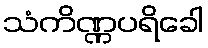
သံကိဏ္ဏပရိခေါ